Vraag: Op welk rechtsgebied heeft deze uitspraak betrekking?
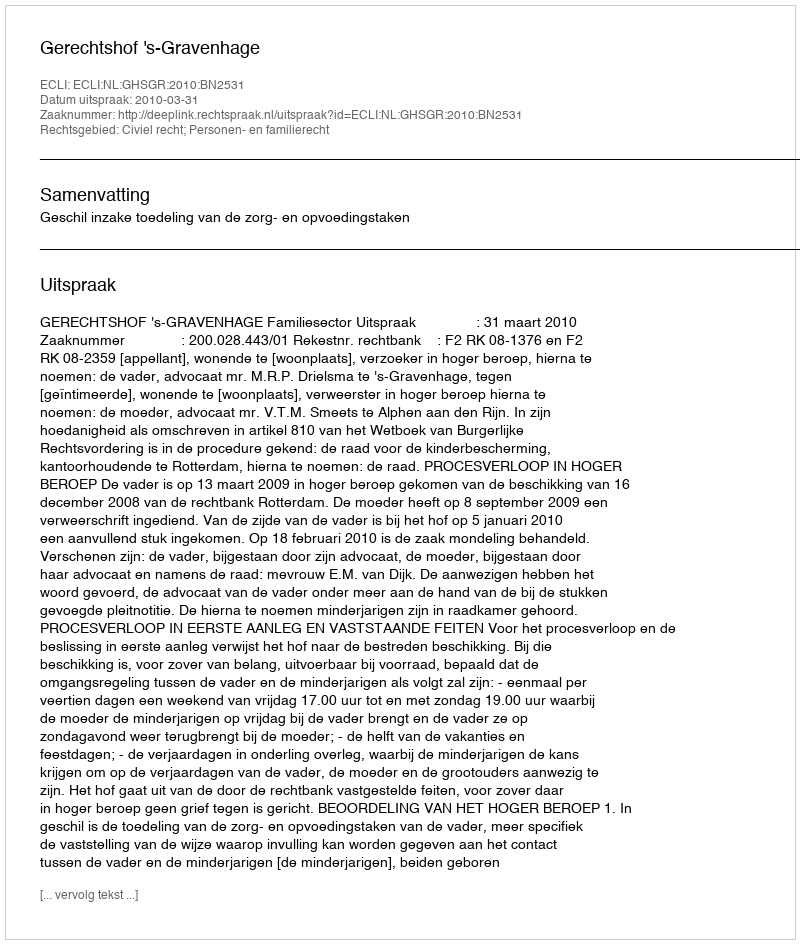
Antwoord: Civiel recht; Personen- en familierecht